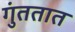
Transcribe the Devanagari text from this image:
गुंततात